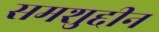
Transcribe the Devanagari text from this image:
समशुद्दीन